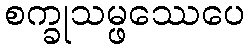
စက္ခုသမ္ဖဿေပေ